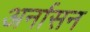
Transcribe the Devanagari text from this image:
अर्नासन